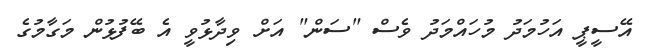
އޭސީޕީ އަހުމަދު މުހައްމަދު ވެސް "ސަން" އަށް ވިދާޅުވީ އެ ބޭފުޅުން މަގާމުގެ